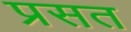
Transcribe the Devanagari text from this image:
प्रसत